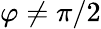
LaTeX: \varphi\ne\pi/2